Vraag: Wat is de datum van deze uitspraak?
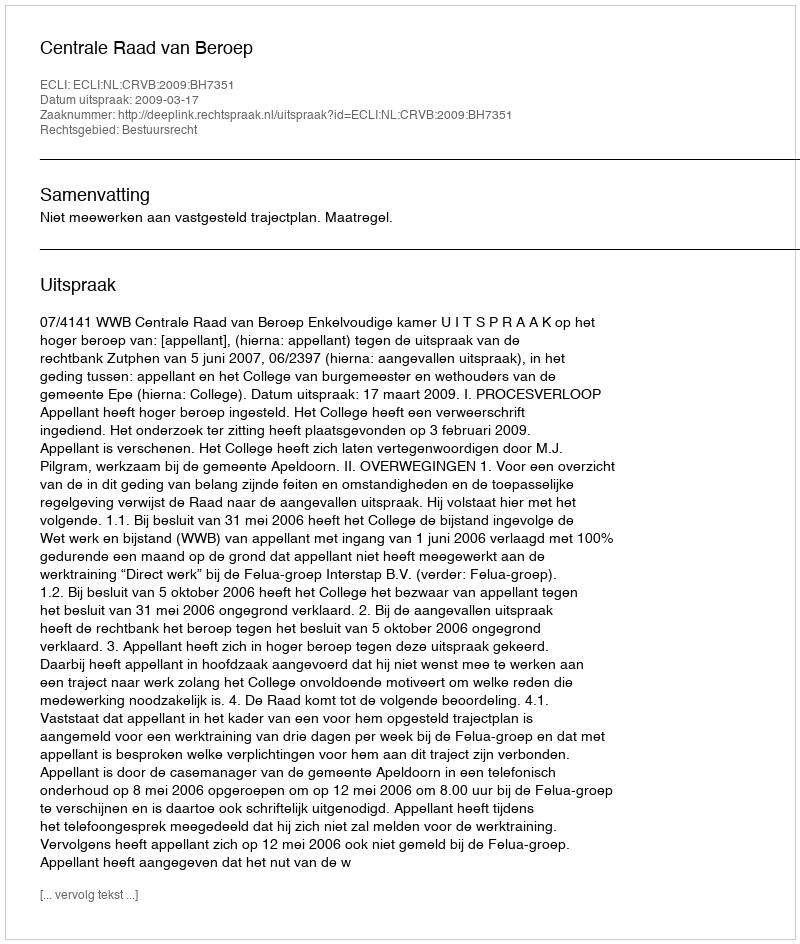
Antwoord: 2009-03-17